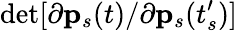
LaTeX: \operatorname*{det}[{\partial\mathbf{p}_{s}(t)}/{\partial\mathbf{p}_{s}(t_{s}^{\prime})}]